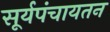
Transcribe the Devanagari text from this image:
सूर्यपंचायतन